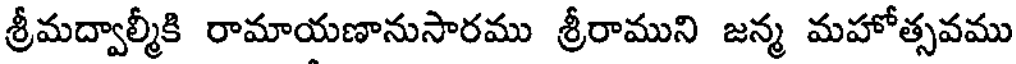
శ్రీమద్వాల్మీకి రామాయణానుసారము శ్రీరాముని జన్మ మహోత్సవము